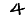
Digit: 4